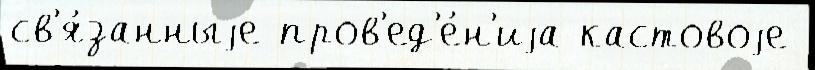
св'я́занныjе пров'ед'е́н'иjа кастовоjе